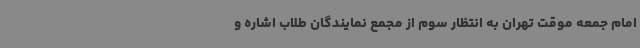
امام جمعه موقت تهران به انتظار سوم از مجمع نمایندگان طلاب اشاره و